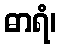
ဓာရံ၊